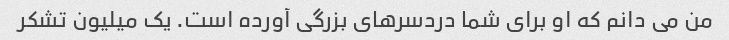
من می دانم که او برای شما دردسرهای بزرگی آورده است. یک میلیون تشکر